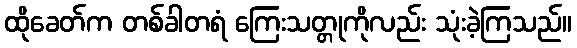
ထိုခေတ်က တစ်ခါတရံ ကြေးသတ္တုကိုလည်း သုံးခဲ့ကြသည်။